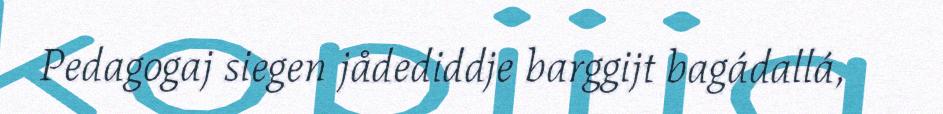
Pedagogaj siegen jådediddje barggijt bagádallá,